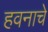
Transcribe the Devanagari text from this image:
हवनाचे